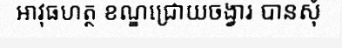
អាវុធហត្ថ ខណ្ឌជ្រោយចង្វារ បានសុំ